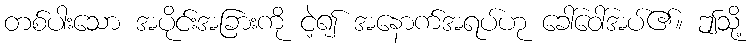
တစ်ပါးသော အပိုင်းအခြားကို ငဲ့၍ အနောက်အရပ်ဟု ခေါ်ဝေါ်အပ်၏။ ဤသို့